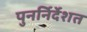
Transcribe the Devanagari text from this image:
पुनर्निर्देशत